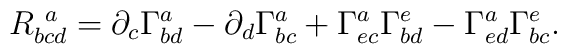
R_{bcd}^{\ a}=\partial _c\Gamma _{bd}^a-\partial _d\Gamma _{bc}^a+\Gamma_{ec}^a\Gamma _{bd}^e-\Gamma _{ed}^a\Gamma _{bc}^e.